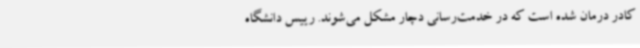
کادر درمان شده است که در خدمت‌رسانی دچار مشکل می‌شوند. رییس دانشگاه